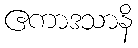
ဧကာဒသာနိ